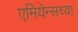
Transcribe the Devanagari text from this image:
एमियेन्सच्या